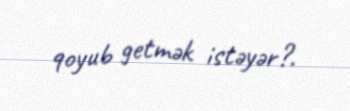
qoyub getmək istəyər?.